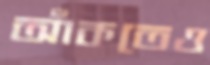
আঁকতেও